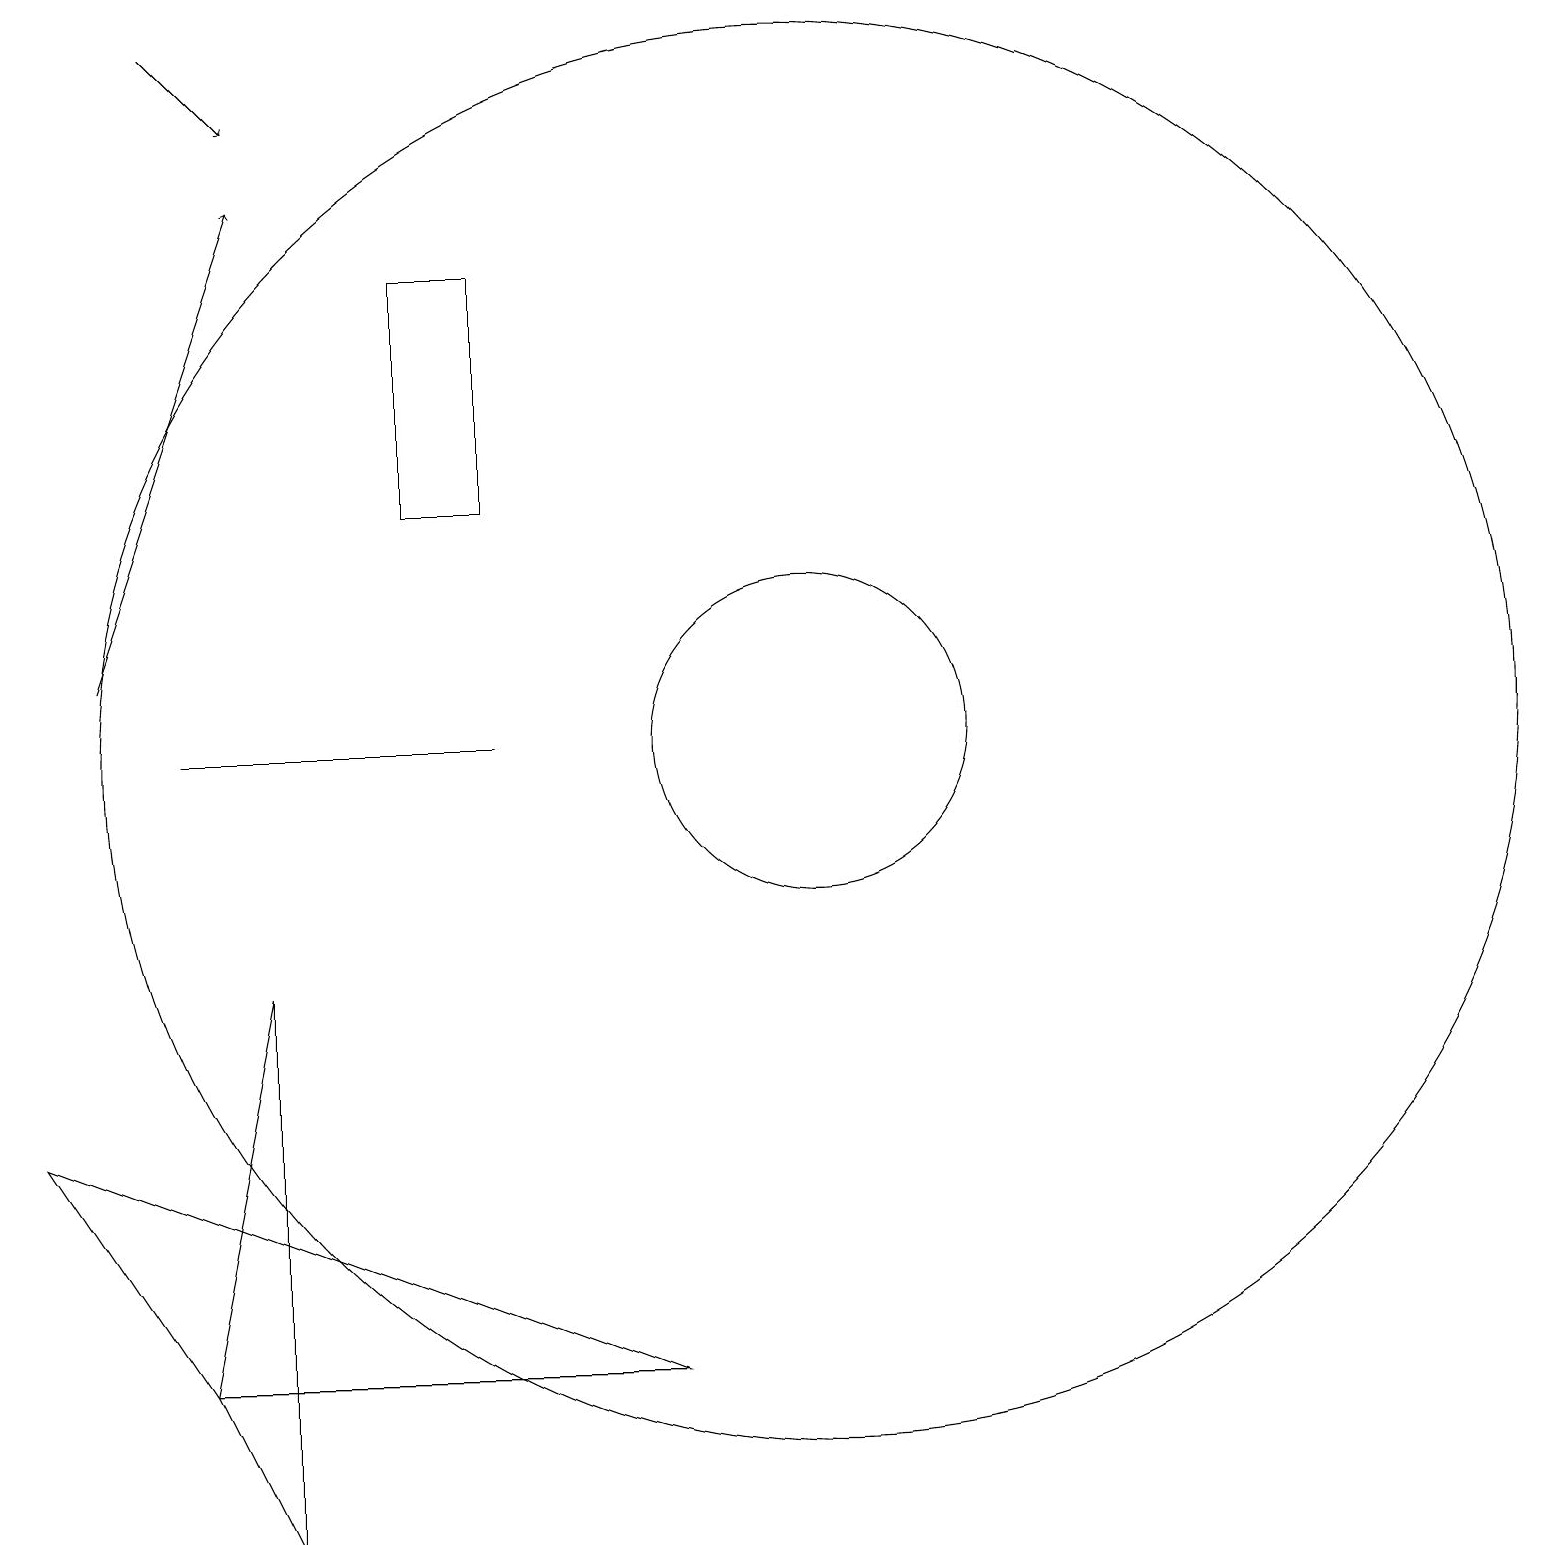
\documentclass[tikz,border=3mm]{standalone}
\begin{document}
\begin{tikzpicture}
\draw[->] (3,19) -- (4,18);
\draw[->] (2,11) -- (4,17);
\draw (3,10) rectangle (7,10);
\draw (3,2) -- (9,2) -- (1,5) -- cycle;
\draw (7,13) rectangle (6,16);
\draw (11,10) circle (9);
\draw (4,0) -- (4,7) -- (3,2) -- cycle;
\draw (11,10) circle (2);
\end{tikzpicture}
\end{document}